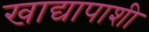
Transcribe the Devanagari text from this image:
खाद्यापाशी